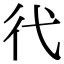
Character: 𢓀